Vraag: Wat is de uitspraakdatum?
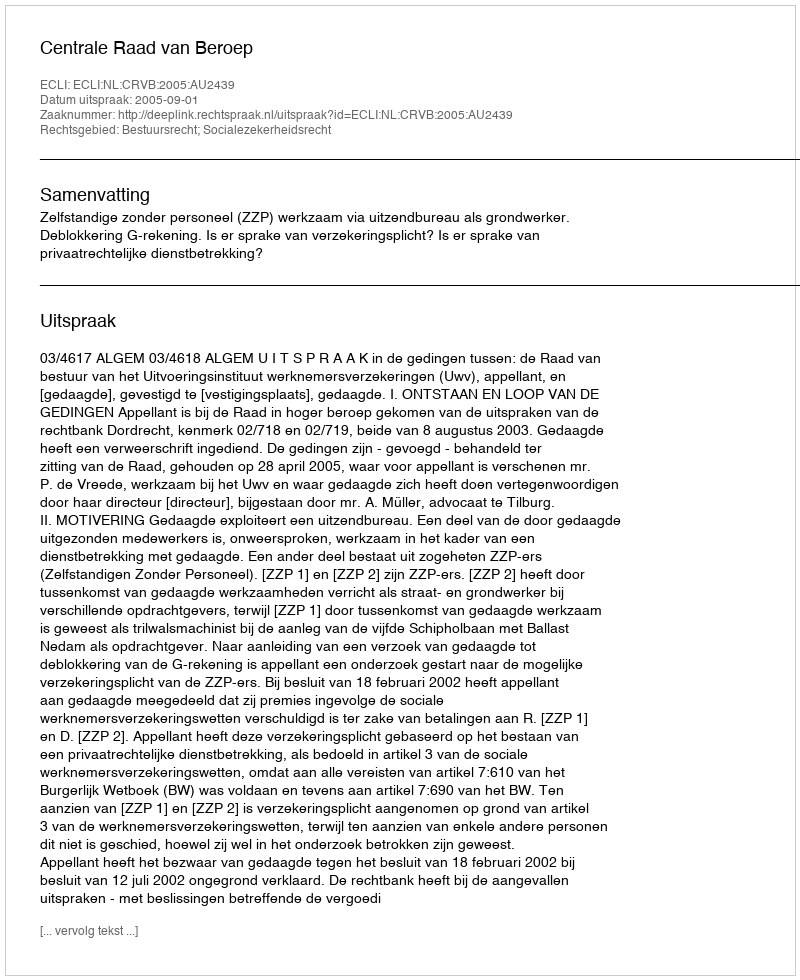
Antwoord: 2005-09-01